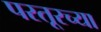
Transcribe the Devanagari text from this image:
परतूरच्या